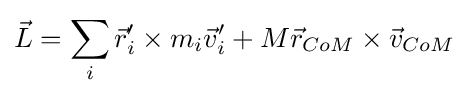
{\vec {L}}=\sum \limits _{i}{\vec {r}}'_{i}\times m_{i}{\vec {v}}'_{i}+M{\vec {r}}_{CoM}\times {\vec {v}}_{CoM}